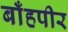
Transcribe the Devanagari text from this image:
बाँहपीर